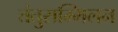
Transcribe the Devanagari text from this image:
तंतुसम्मिलन